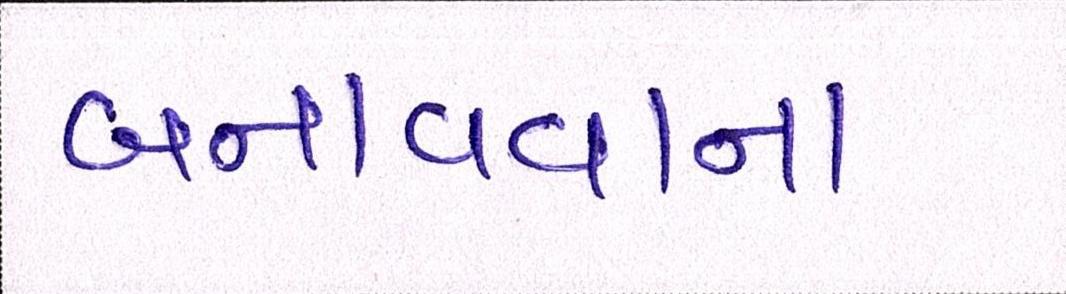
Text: બનાવવાના